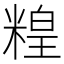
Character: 䊗